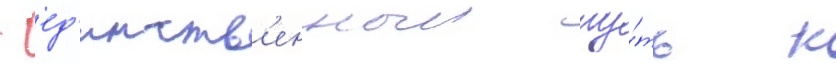
- ед'инств'енныи пу́ть к